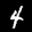
Label: 4